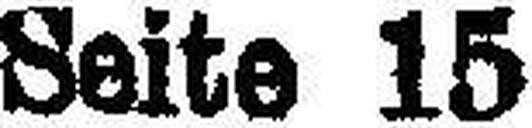
Seite 15